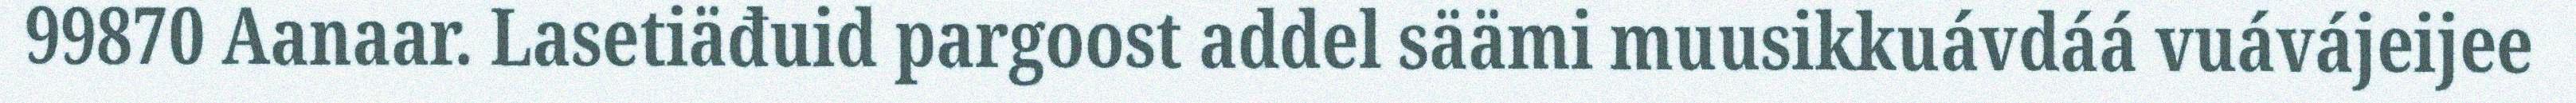
99870 Aanaar. Lasetiäđuid pargoost addel säämi muusikkuávdáá vuávájeijee